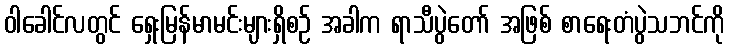
ဝါခေါင်လတွင် ရှေးမြန်မာမင်းများရှိစဉ် အခါက ရာသီပွဲတော် အဖြစ် စာရေးတံပွဲသဘင်ကို